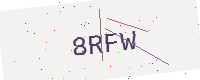
Text: 8RFW